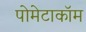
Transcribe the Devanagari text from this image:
पोमेटाकॉम